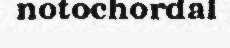
notochordal